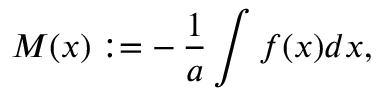
M ( x ) : = - \, { \frac { 1 } { a } } \int f ( x ) d x ,